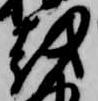
越